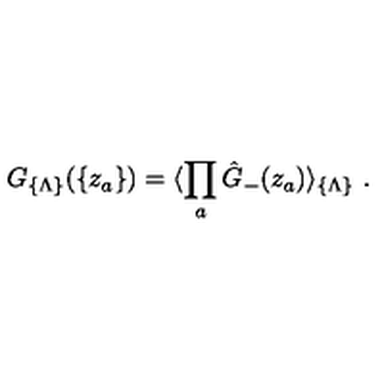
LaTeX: G _ { \{ \Lambda \} } ( \{ z _ { a } \} ) = \langle \prod _ { a } { \hat { G } } _ { - } ( z _ { a } ) \rangle _ { \{ \Lambda \} } \ .